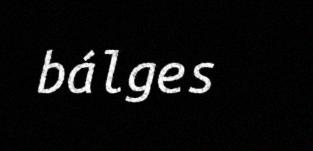
bálges